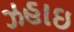
ઝહાઇ